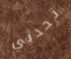
تحدثي